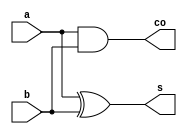
// Declaracin del mdulo
module halfadder (
  input b, a,
  output co, s
);

// Declaracin de seales
// ...

// Descripcin del comportamiento
assign s = a ^ b; // s = a xor b
assign co = a & b; // a and b

endmodule